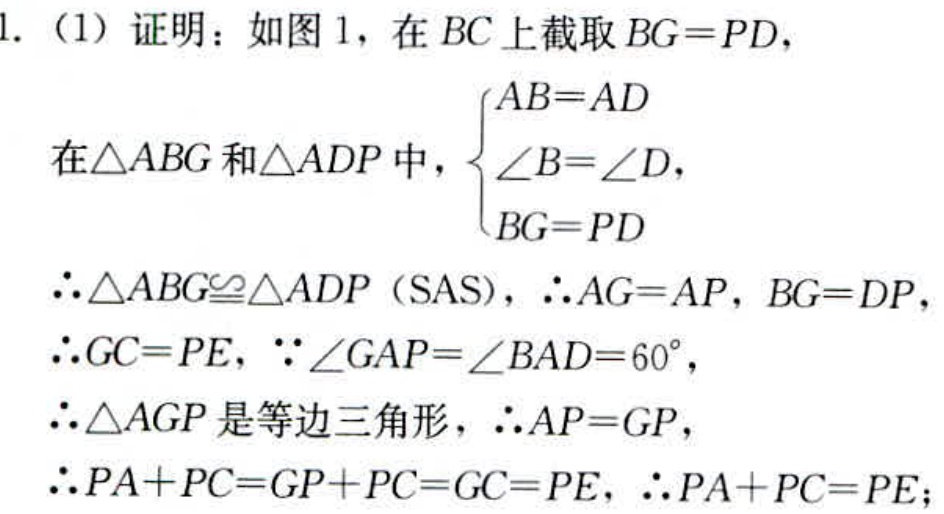
1. （1）证明：如图1，在\(BC\)上截取\(BG = PD\)，
在\(\triangle ABG\)和\(\triangle ADP\)中，\(\begin{cases}AB = AD\\\angle B=\angle D\\BG = PD\end{cases}\)
\(\therefore\triangle ABG\cong\triangle ADP\)（SAS），\(\therefore AG = AP\)，\(BG = DP\)，
\(\therefore GC = PE\)，\(\because\angle GAP=\angle BAD = 60^{\circ}\)，
\(\therefore\triangle AGP\)是等边三角形，\(\therefore AP = GP\)，
\(\therefore PA + PC=GP + PC = GC = PE\)，\(\therefore PA + PC = PE\)；